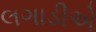
લગાડીએ